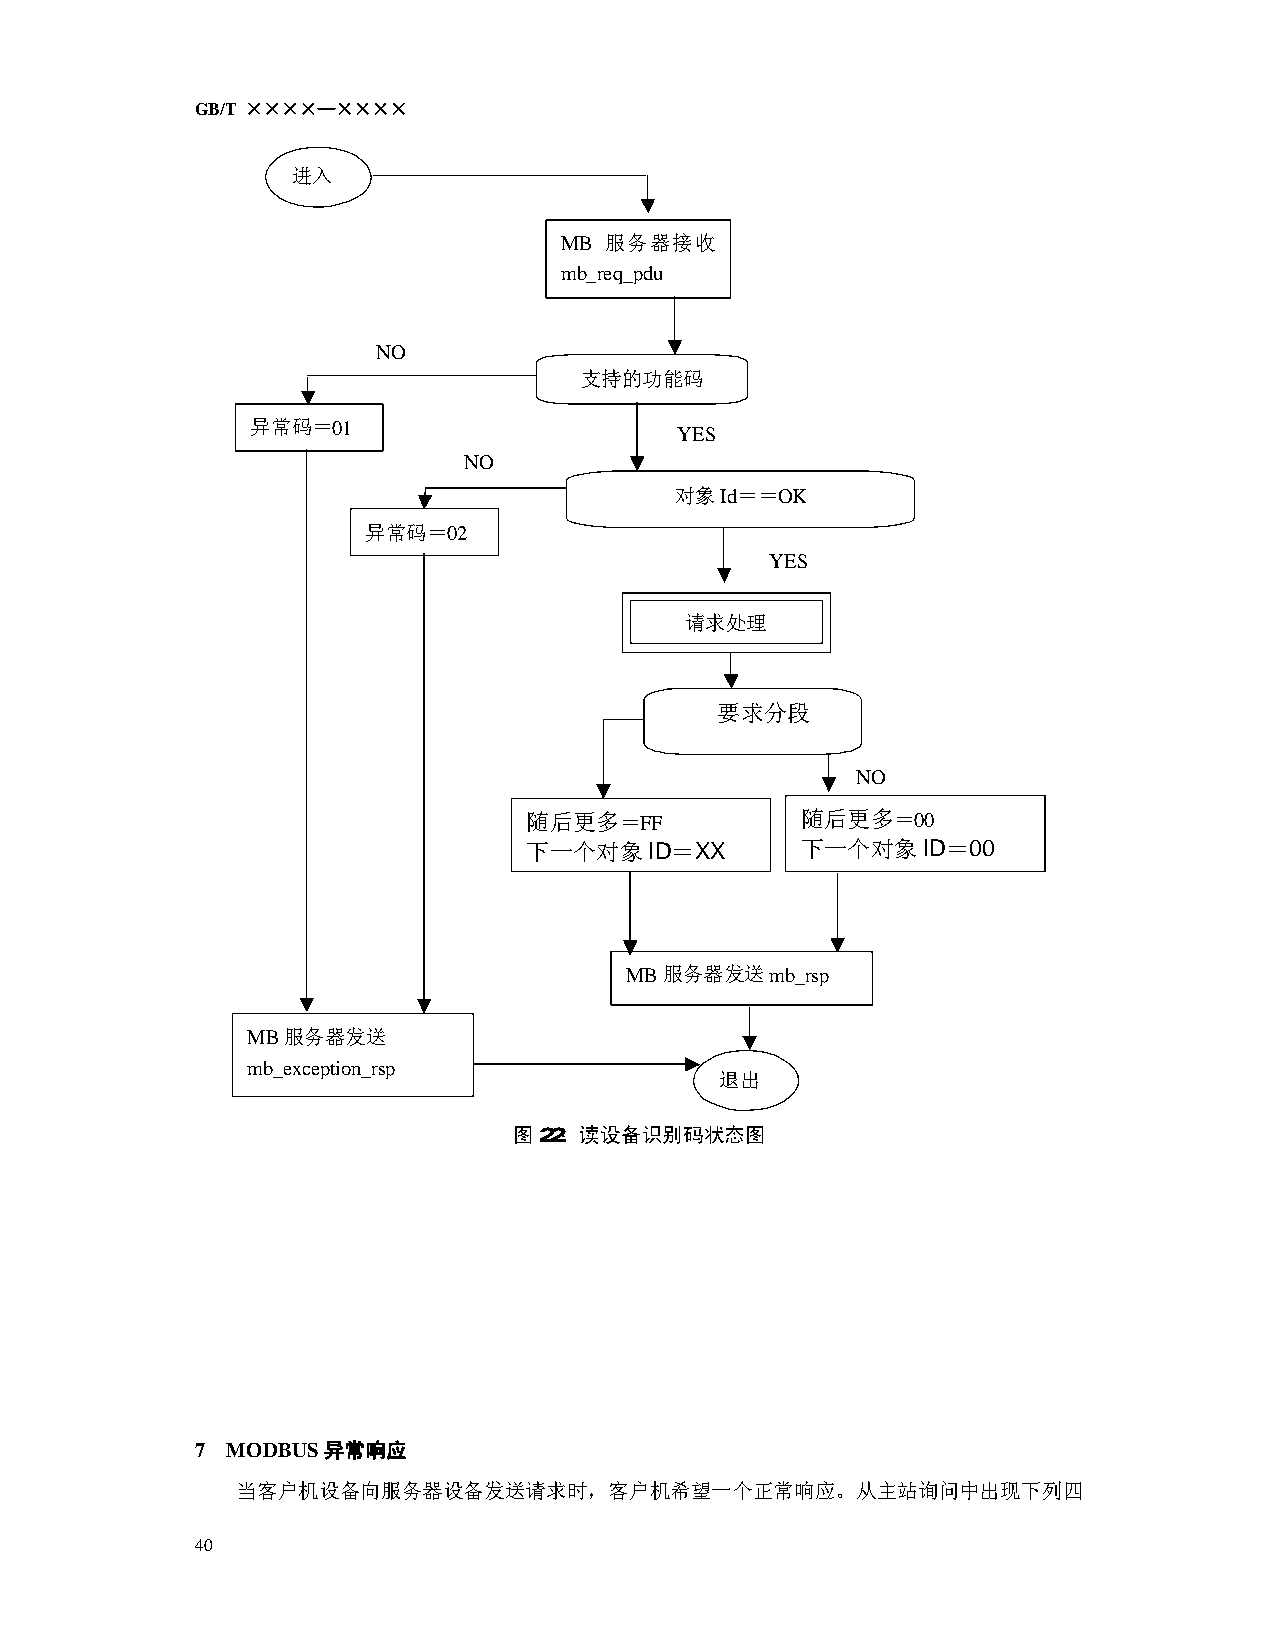
GB/T ××××—××××
 进入
 MB 服务器接收
 mb_req_pdu
 NO
 支持的功能码
 异常码＝01
 YES
 NO
 对象Id＝＝OK
 异常码＝02
 YES
 请求处理
 要求分段
 NO
 随后更多＝FF           随后更多＝00
 下一个对象ID＝XX        下一个对象ID＝00
 MB服务器发送mb_rsp
 MB服务器发送
 mb_exception_rsp
 退出
 图22：读设备识别码状态图
 7 MODBUS 异常响应
 当客户机设备向服务器设备发送请求时，客户机希望一个正常响应。从主站询问中出现下列四
 40